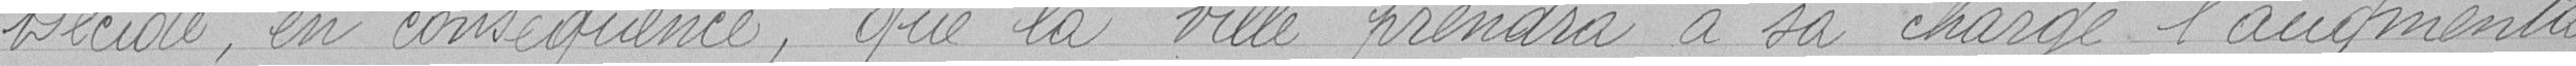
décide en conséquence, que la ville prendra à sa charge l'augmenta-